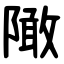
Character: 䧩